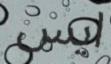
ايس